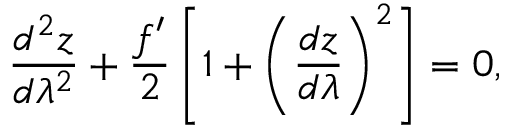
\frac { d ^ { 2 } z } { d \lambda ^ { 2 } } + \frac { f ^ { \prime } } { 2 } \left[ 1 + \left( \frac { d z } { d \lambda } \right) ^ { 2 } \right] = 0 ,